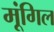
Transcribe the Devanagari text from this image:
मूंगिल